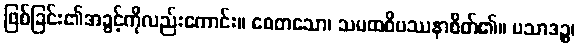
ဖြစ်ခြင်း၏အခွင့်ကိုလည်းကောင်း။ စေတသော၊ သမထဝိပဿနာစိတ်၏။ ပသာဒဉ္စ၊